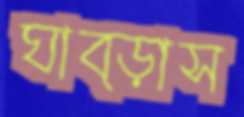
ঘাব্‌ড়াস